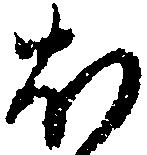
ほ